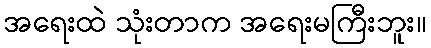
အရေးထဲ သုံးတာက အရေးမကြီးဘူး။